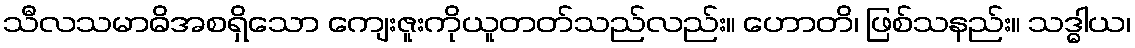
သီလသမာဓိအစရှိသော ကျေးဇူးကိုယူတတ်သည်လည်း။ ဟောတိ၊ ဖြစ်သနည်း။ သဒ္ဓါယ၊